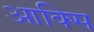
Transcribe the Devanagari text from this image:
आक्सि